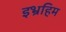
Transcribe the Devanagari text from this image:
इभ्रहिम